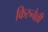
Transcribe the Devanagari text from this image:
किरुनेल्ली